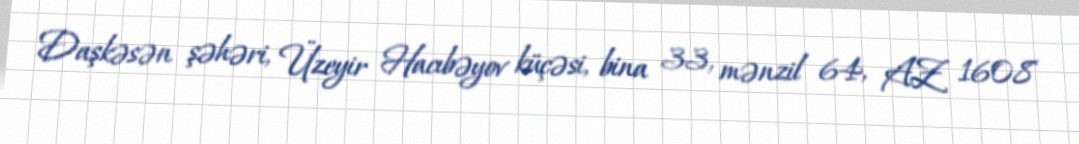
Daşkəsən şəhəri, Üzeyir Hacıbəyov küçəsi, bina 33, mənzil 64, AZ 1608